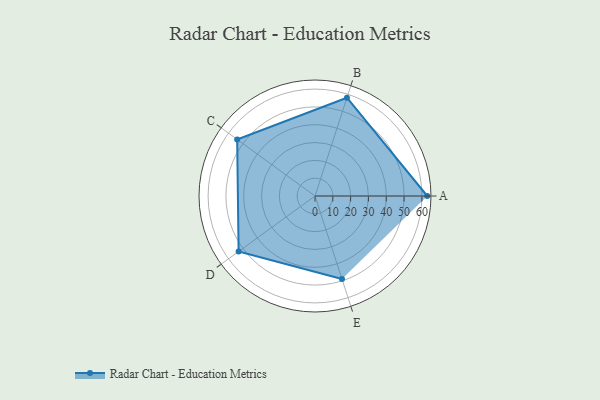
{"axis": {"x": "Skill", "y": "Score"}, "legend": ["Profile"], "data": [{"x": "A", "y": 63.0, "type": "Profile"}, {"x": "B", "y": 58.0, "type": "Profile"}, {"x": "C", "y": 54.0, "type": "Profile"}, {"x": "D", "y": 53.0, "type": "Profile"}, {"x": "E", "y": 49.0, "type": "Profile"}]}